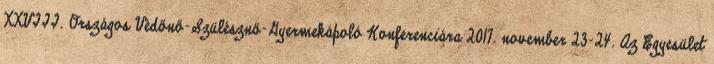
XXVIII. Országos Védőnő-Szülésznő-Gyermekápoló Konferenciára 2017. november 23-24. Az Egyesület